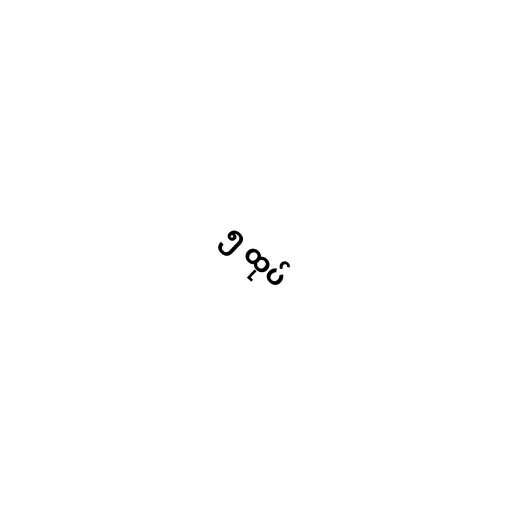
၅ ထုပ်